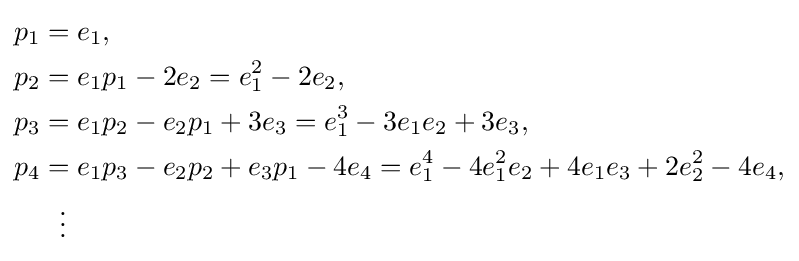
{\begin{aligned}p_{1}&=e_{1},\\p_{2}&=e_{1}p_{1}-2e_{2}=e_{1}^{2}-2e_{2},\\p_{3}&=e_{1}p_{2}-e_{2}p_{1}+3e_{3}=e_{1}^{3}-3e_{1}e_{2}+3e_{3},\\p_{4}&=e_{1}p_{3}-e_{2}p_{2}+e_{3}p_{1}-4e_{4}=e_{1}^{4}-4e_{1}^{2}e_{2}+4e_{1}e_{3}+2e_{2}^{2}-4e_{4},\\&{}\ \ \vdots \end{aligned}}